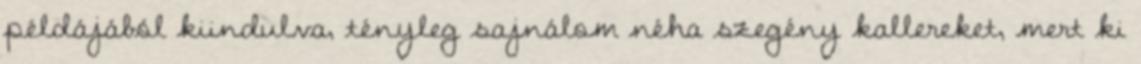
példájából kiindulva, tényleg sajnálom néha szegény kallereket, mert ki